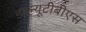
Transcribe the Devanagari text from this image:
डब्ल्यूटीबीएस